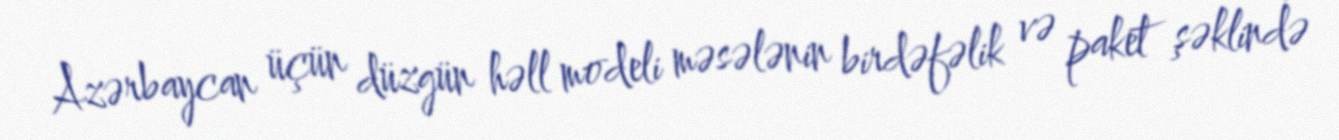
Azərbaycan üçün düzgün həll modeli məsələnin birdəfəlik və paket şəklində